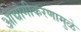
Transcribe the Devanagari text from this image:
औद्यौगीकरणामुळे